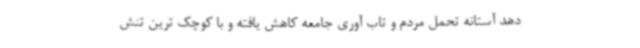
دهد آستانه تحمل مردم و تاب آوری جامعه کاهش یافته و با کوچک ترین تنش